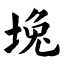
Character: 堍